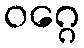
ဝဂ္ဂေ